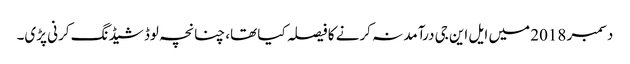
دسمبر 2018 میں ایل این جی درآمد نہ کرنے کا فیصلہ کیا تھا، چنانچہ لوڈ شیڈنگ کرنی پڑی۔